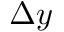
\Delta y